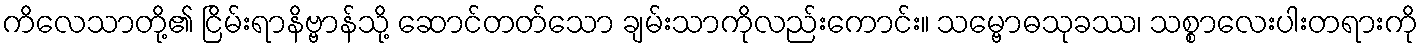
ကိလေသာတို့၏ ငြိမ်းရာနိဗ္ဗာန်သို့ ဆောင်တတ်သော ချမ်းသာကိုလည်းကောင်း။ သမ္ဗောဓသုခဿ၊ သစ္စာလေးပါးတရားကို